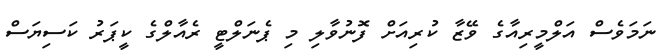
ނަމަވެސް އަލްމީރިއާގެ ވޭޒާ ކުރިއަށް ފޮނުވާލި މި ޕެނަލްޓީ ރެއާލްގެ ކީޕަރު ކަސިޔަސް